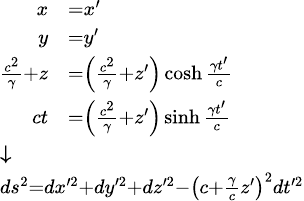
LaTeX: \scriptstyle{\begin{array}{l}{{\begin{array}{rl}{x}&{=x^{\prime}}\\ {y}&{=y^{\prime}}\\ {{\frac{c^{2}}{\gamma}}+z}&{=\left({\frac{c^{2}}{\gamma}}+z^{\prime}\right)\cosh{\frac{\gamma t^{\prime}}{c}}}\\ {ct}&{=\left({\frac{c^{2}}{\gamma}}+z^{\prime}\right)\sinh{\frac{\gamma t^{\prime}}{c}}}\end{array}}}\\ {{\boldsymbol{\downarrow}}}\\ {ds^{2}=dx^{\prime 2}+dy^{\prime 2}+dz^{\prime 2}-\left(c+{\frac{\gamma}{c}}z^{\prime}\right)^{2}dt^{\prime 2}}\end{array}}